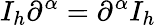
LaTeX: I_{h}\partial^{\alpha}=\partial^{\alpha}I_{h}